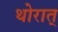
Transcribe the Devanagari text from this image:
थोरात्